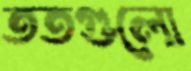
ততগুলো